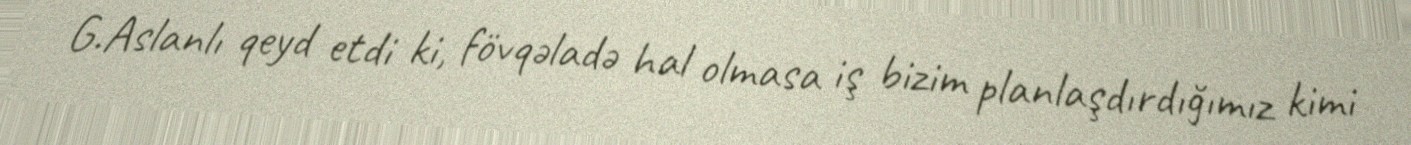
G.Aslanlı qeyd etdi ki, fövqəladə hal olmasa iş bizim planlaşdırdığımız kimi